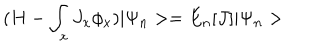
LaTeX: ( H - \int _ { x } J _ { x } \phi _ { x } ) | \Psi _ { n } > = E _ { n } [ J ] | \Psi _ { n } >